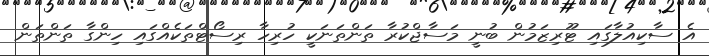
އެ ސާކިއުލާގައި ޓޫރިޒަމުން ބުނީ މަސާޖްކުރާ ތަންތަނަކީ ހުރިހާ ރިސޯޓްތަކެއްގައި ހިންގާ ތަންތަން